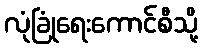
လုံခြုံရေးကောင်စီသို့